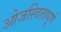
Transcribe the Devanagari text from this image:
ओजस्वितापूर्ण